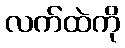
လက်ထဲကို